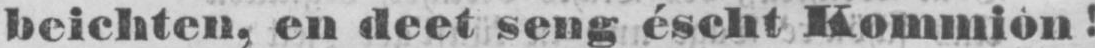
beichten, en deet seng éscht Kommion!